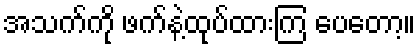
အသက်ကို ဖက်နဲ့ထုပ်ထားကြ ပေတော့။